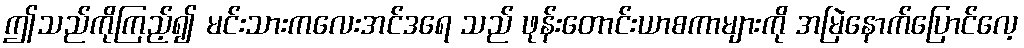
ဤသည်ကိုကြည့်၍ မင်းသားကလေးအင်ဒရေ သည် ဖုန်းတောင်းယာစကာများကို အမြဲနောက်ပြောင်လေ့